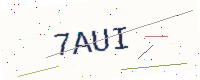
Text: 7AUI